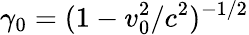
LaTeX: \displaystyle\gamma_{0}=(1-v_{0}^{2}/c^{2})^{-1/2}